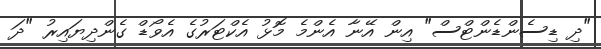
"ދި ޑިސެންޑެންޓްސް" އިން އޭނާ އެންމެ މޮޅު އެކްޓަރުގެ އެވޯޑް ގެންދިޔައިރު "ދަ